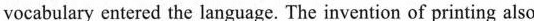
vocabulary entered the language. The invention of printing also